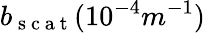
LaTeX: b_{\mathrm{~s~c~a~t~}}(10^{-4}m^{-1})